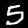
Label: 5